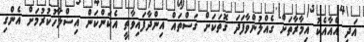
އަދި އެއާއެކު އިމާރާތަށް ގެއްލުންވާފަދަ ގޮތަކަށް ގަސްތައް އިންދާފައިވާތީ އެކަންކަން އިސްލާހުކުރުމަށް އެންގި